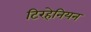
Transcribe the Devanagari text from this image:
टिरहेनियन